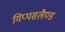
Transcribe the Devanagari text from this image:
गिप्पसलैण्ड